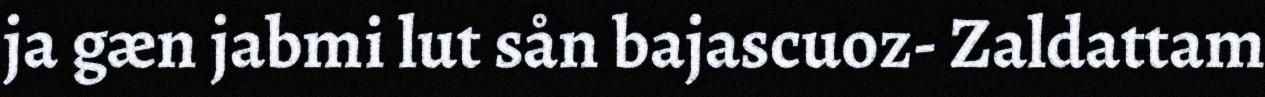
ja gæn jabmi lut sån bajascuoz- Zaldattam